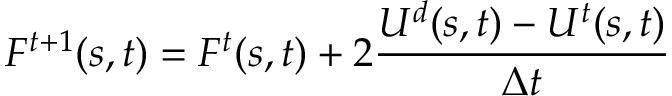
{ F ^ { t + 1 } } ( s , t ) = { F ^ { t } } ( s , t ) + 2 \frac { { { U ^ { d } } ( s , t ) - { U ^ { t } } ( s , t ) } } { { \Delta t } }